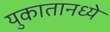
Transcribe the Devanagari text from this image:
युकातानध्ये